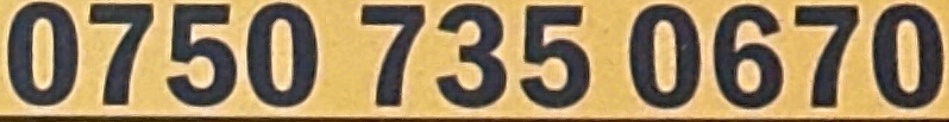
0750 735 0670